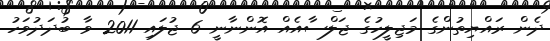
ދެން ރައްޔިތުންގެ މަޖިލީހުގެ ޖަލްސާއެއް އޮންނާނީ 6 ޖުލައި 2011 ވާ ބުދަދުވަހު